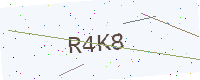
Text: R4K8